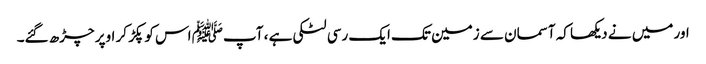
اور میں نے دیکھا کہ آسمان سے زمین تک ایک رسی لٹکی ہے ، آپﷺ اس کو پکڑ کر اوپر چڑھ گئے۔